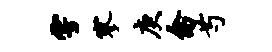
雩寥庚禽芍